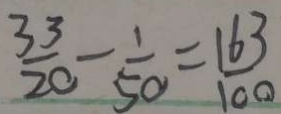
\frac { 3 3 } { 2 0 } - \frac { 1 } { 5 0 } = \frac { 1 6 3 } { 1 0 0 }